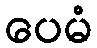
ပေမံ